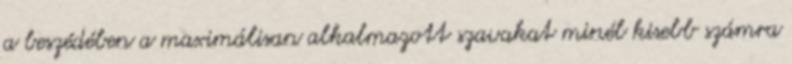
a beszédében a maximálisan alkalmazott szavakat minél kisebb számra